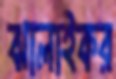
ঝালাইকর